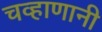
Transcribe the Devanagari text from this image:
चव्हाणानी